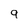
Character: 9